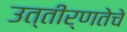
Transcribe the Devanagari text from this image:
उत्तीर्णतेचे